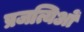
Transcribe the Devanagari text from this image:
प्रजत्यिओं